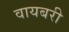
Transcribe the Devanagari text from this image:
वायबरी